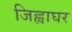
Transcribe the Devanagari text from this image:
जिह्वाघर